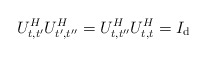
\begin{align*}U_{t,t^{\prime}}^{H}U_{t^{\prime},t^{\prime\prime}}^{H}=U_{t,t^{\prime\prime}}^{H}U_{t,t}^{H}=I_{\mathrm{d}} \end{align*}